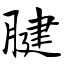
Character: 腱